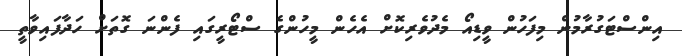
އިންސްޓަގުރާމުން މިފަހުން ވީޑިއޯ މެދުވެރިކޮށް އެހެން މީހުންގެ ސްޓޯރީގައި ފެންނަ ގޮތަށް ހަދާފައިވާތީ